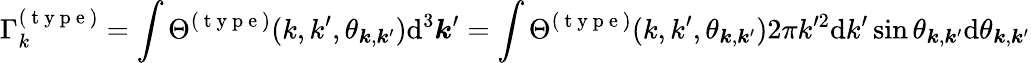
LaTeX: \Gamma_{k}^{(\mathrm{~t~y~p~e~})}=\int\Theta^{(\mathrm{~t~y~p~e~})}(k,k^{\prime},\theta_{\boldsymbol{k},\boldsymbol{k}^{\prime}})\mathrm{d}^{3}\boldsymbol{k}^{\prime}=\int\Theta^{(\mathrm{~t~y~p~e~})}(k,k^{\prime},\theta_{\boldsymbol{k},\boldsymbol{k}^{\prime}})2\pi k^{\prime 2}\mathrm{d}k^{\prime}\sin\theta_{\boldsymbol{k},\boldsymbol{k}^{\prime}}\mathrm{d}\theta_{\boldsymbol{k},\boldsymbol{k}^{\prime}}